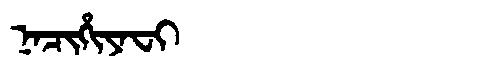
Manchu: ᠨᠠᠴᡳᡥᡳᠶᠠᠸᡳ
Romanization: NACIHIYAFI